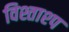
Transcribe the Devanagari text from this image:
विश्ताश्प